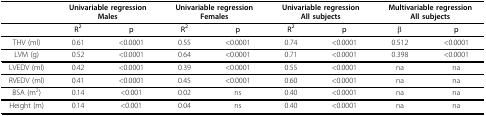
<table><thead><tr><td></td><td colspan="2"><b>Univariable regressionMales</b></td><td colspan="2"><b>Univariable regressionFemales</b></td><td colspan="2"><b>Univariable regressionAll subjects</b></td><td colspan="2"><b>Multivariable regressionAll subjects</b></td></tr></thead><tbody><tr><td></td><td><b>R<sup>2</sup></b></td><td><b>p</b></td><td><b>R<sup>2</sup></b></td><td><b>p</b></td><td><b>R<sup>2</sup></b></td><td><b>p</b></td><td><b>β</b></td><td><b>p</b></td></tr><tr><td>THV (ml)</td><td>0.61</td><td>&lt;0.0001</td><td>0.55</td><td>&lt;0.0001</td><td>0.74</td><td>&lt;0.0001</td><td>0.512</td><td>&lt;0.0001</td></tr><tr><td>LVM (g)</td><td>0.52</td><td>&lt;0.0001</td><td>0.64</td><td>&lt;0.0001</td><td>0.71</td><td>&lt;0.0001</td><td>0.398</td><td>&lt;0.0001</td></tr><tr><td>LVEDV (ml)</td><td>0.42</td><td>&lt;0.0001</td><td>0.39</td><td>&lt;0.0001</td><td>0.55</td><td>&lt;0.0001</td><td>na</td><td>na</td></tr><tr><td>RVEDV (ml)</td><td>0.41</td><td>&lt;0.0001</td><td>0.45</td><td>&lt;0.0001</td><td>0.60</td><td>&lt;0.0001</td><td>na</td><td>na</td></tr><tr><td>BSA (m<sup>2</sup>)</td><td>0.14</td><td>&lt;0.001</td><td>0.02</td><td>ns</td><td>0.40</td><td>&lt;0.0001</td><td>na</td><td>na</td></tr><tr><td>Height (m)</td><td>0.14</td><td>&lt;0.001</td><td>0.04</td><td>ns</td><td>0.40</td><td>&lt;0.0001</td><td>na</td><td>na</td></tr></tbody></table>